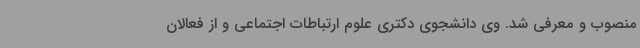
منصوب و معرفی شد. وی دانشجوی دکتری علوم ارتباطات اجتماعی و از فعالان